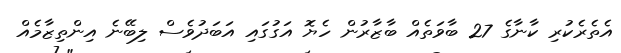
އެތެރެކުރި ކާނާގެ 27 ބާވަތެއް ބާޒާރުން ހެޔޮ އަގުގައި އަބަދުވެސް ލިބޭނެ އިންތިޒާމެއް